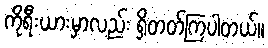
ကိုရီးယားမှာလည်း ရှိတတ်ကြပါတယ်။